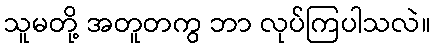
သူမတို့ အတူတကွ ဘာ လုပ်ကြပါသလဲ။